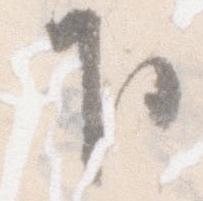
下